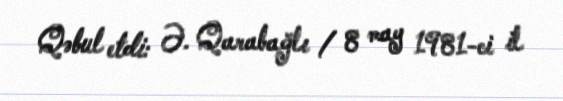
Qəbul etdi: Ə. Qarabağlı / 8 may 1981-ci il